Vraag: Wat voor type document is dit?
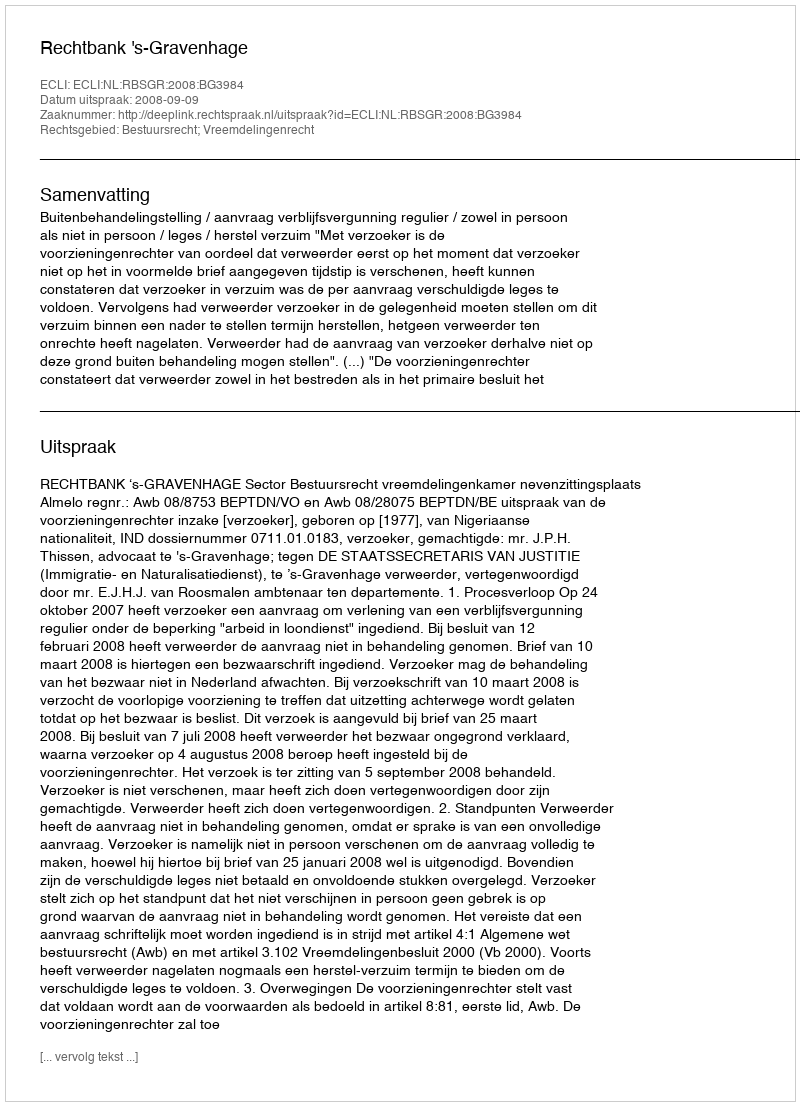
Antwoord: Uitspraak